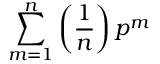
\sum _ { m = 1 } ^ { n } \left( \frac { 1 } { n } \right) p ^ { m }